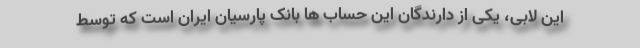
این لابی، یکی از دارندگان این حساب ها بانک پارسیان ایران است که توسط